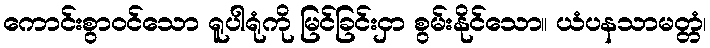
ကောင်းစွာဝင်သော ရူပါရုံကို မြင်ခြင်းငှာ စွမ်းနိုင်သော။ ယံပနသာမတ္တံ၊